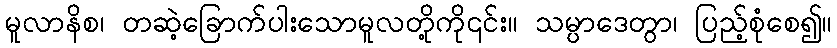
မူလာနိစ၊ တဆဲ့ခြောက်ပါးသောမူလတို့ကို၎င်း။ သမ္ပာဒေတွာ၊ ပြည့်စုံစေ၍။